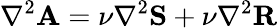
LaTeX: \nabla^{2}{\mathbf{A}}=\nu\nabla^{2}{\mathbf{S}}+\nu\nabla^{2}{\mathbf{R}}